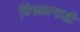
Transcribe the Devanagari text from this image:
पिंगळानाडी